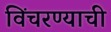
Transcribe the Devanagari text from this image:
विंचरण्याची